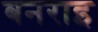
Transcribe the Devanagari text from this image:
बनराइ